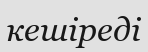
кешіреді